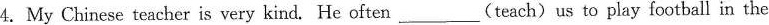
4.My Chinese teacher is very kind. He often___(teach)us to play football in the